Report of the Municipal Commissioner on the plague in Bombay for the year ending 31st May... - Volume 2
Disease focus: Plague
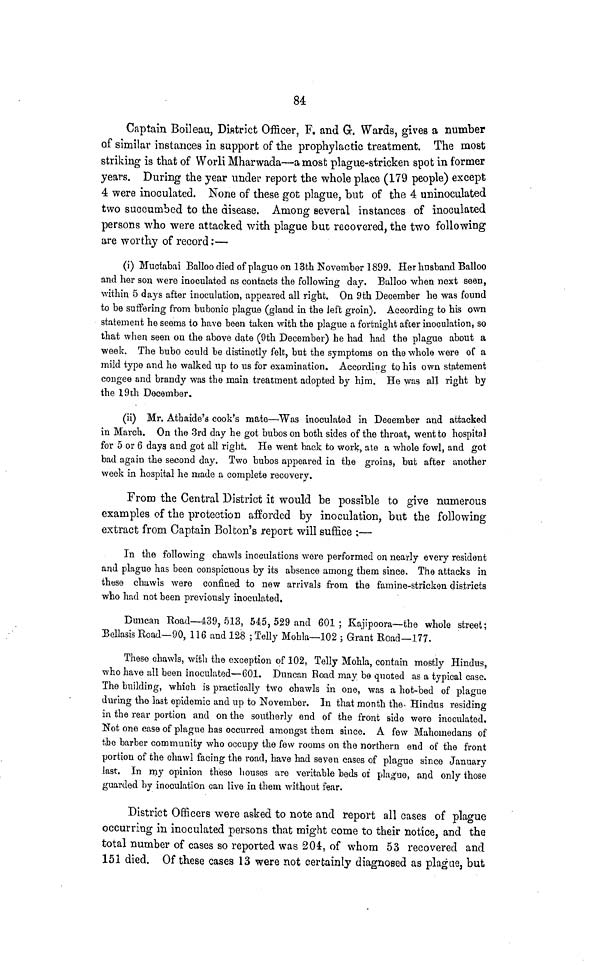
84
Captain Boileau, District Officer. F. and Gr. Wards, gives a number
of similar instances in support of the prophylactic treatment. The most
striking is that of Worli Mharwada—a most plague-stricken spot in former
years. During the year under report the whole place (179 people) except
4 were inoculated. None of these got plague, but of the 4 uninoculated
two succumbed to the disease. Among several instances of inoculated
persons who were attacked with plague but recovered, the two following
are worthy of record;—
(i) Muctabai Balloo died of plague on 13th November 1899. Her husband Balloo
and her son were inoculated as contacts the following day. Balloo when next seen,
within 5 days after inoculation, appeared all right. On 9th December he was found
to be suffering from bubonic plague (gland in the left groin). According to his own
statement he seems to have been taken with the plague a fortnight afcer inoculation, so
that when seen on the above date (9th December) he had had the plague about a
week. The bubo could be distinctly felt, but the symptoms on the whole were of a
mild type and he walked up to us for examination. According to his own statement
congee and brandy was the main treatment adopted by him. He was all right by
the 19th December.
(ii) Mr. Ath aide's cook's mate—Was inoculated in December and attacked
in March. On the 3rd day he got bubos on both sides of the throat, went to hospital
for 5 or 6 days and got all right. He went back to work, ate a whole fowl, and got
bad again the second day. Two bubos appeared in the groins, but after another
week in hospital he made a complete recovery.
From the Central District it would be possible to give numerous
examples of the protection afforded by inoculation, but the following
extract from Captain Bolton's report will suffice ;—
In the following chawls inoculations were performed on nearly every resident
and plague has been conspicuous by its absence among them since. The attacks in
these chawls were confined to new arrivals from the famine-stricken districts
who had not been previously inoculated.
Duncan Koad—439, 513, 545, 529 and 601 ; Kajipoora—the whole street;
Bellasis Road—90, 116 and 128 ; Telly Mohla—102 j Grant Road—177.
These chawls, with the exception of 102, Telly Mohla, contain mostly Hindus,
who have all been inoculated—601. Duncan Road may be quoted as a typical case.
The building, which is practically two chawls in one, was a hot-bed of plague
during the last epidemic and up to November. In that month the Hindus residing
in the rear portion and on the southerly end of the front side were inoculated.
Not one case of plague has occurred amongst them since. A few Mahomedans of
the barber community who occupy the few rooms on the northern end of the front
portion of the chawl facing the road, have had seven cases of plague since January
last. In my opinion these houses are veritable beds of plague, and only those
guarded by inoculation can live in them without fear.
District Officers were asked to note and report all cases of plague
occurring in inoculated persons that might come to their notice, and the
total number of cases so reported was 204, of whom 53 recovered and
151 died. Of these cases 13 were not certainly diagnosed as plague, but